system: You are a helpful assistant.
user:
Analyze the provided spectrum to determine if it is a **Carbon Star (C-type)**.

- **Key Visual Indicators of Carbon Star:**
    - **(Primary):** Strong molecular absorption from **C₂ (diatomic carbon) "Swan Bands."** This is the **defining feature** of a carbon star.
        - **(Key Bandheads):** Sharp absorption edges are visible at approximately $5635$ Å, $5165$ Å (the strongest band), and $4737$ Å.
        - **(Line Profile):** Creates a distinct **"saw-tooth"** pattern. The key morphology is a sharp, steep bandhead on the **red (long-wavelength) side**, which then gradually tapers off (i.e., flux recovers) towards the **blue (short-wavelength) side**. *(This is the direct opposite of the TiO bands seen in M-type stars)*.

    - **(Secondary):** Intense **CN (cyanogen)** molecular absorption bands.
        - **(Key Bandheads):** Located in the blue and violet regions of the spectrum (e.g., near $4215$ Å and $3883$ Å).
        - **(Morphology):** These bands are extremely broad and act as a "blanket," absorbing the vast majority of blue and violet light. This creates a characteristic **"cliff"** or **"steep drop-off"** in the spectrum's flux at short wavelengths.

    - **(Key Confirmation):** Strong **CH absorption band (G-band)**.
        - **(Key Bandhead):** Located around $4300$ Å. The contribution from CH molecules to this band is exceptionally strong.

    - **(Overall Spectrum):**
        - The continuum is severely "chopped up" by these deep molecular bands, especially C₂, rather than appearing as a smooth curve.
        - Due to the heavy CN and C₂ absorption in the blue-green, the vast majority of the star's flux is concentrated in the red part of the spectrum, giving the star its characteristic deep red color.

Think first, call **spectral_visualization_tool** if needed to examine features in detail, then provide your final answer. Your response must adhere to the following strict rules:
1.  **Overall Structure:** Your response must follow the format `<think>...</think> <tool_call>...</tool_call> (if a tool is used) <answer>...</answer>`.
2.  **Tool Usage Constraint:** You may only make **one** tool call per turn.
3.  **Final Answer Format:** In the `<answer>` tag, your conclusion must be inside a `\boxed{}` command (e.g., `\boxed{YES}`), followed by your justification.

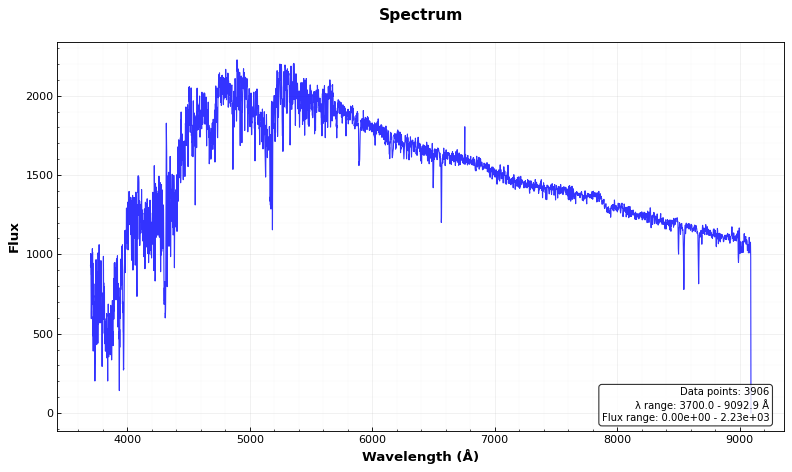
Answer: NO